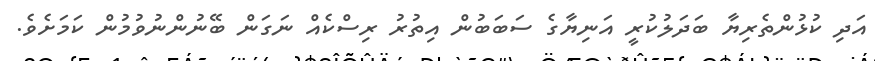
އަދި ކުޅުންތެރިޔާ ބަދަލުކުރީ އަނިޔާގެ ސަބަބުން އިތުރު ރިސްކެއް ނަގަން ބޭނުންނުވުމުން ކަމަށެވެ.